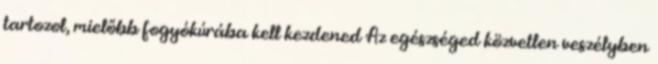
tartozol, mielőbb fogyókúrába kell kezdened Az egészséged közvetlen veszélyben